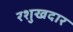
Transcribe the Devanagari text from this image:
रशुखदार